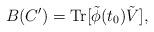
LaTeX: \begin{align*}B(C') = {\rm Tr} [\tilde{\phi}(t_0) \tilde{V}],\end{align*}